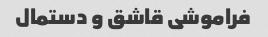
فراموشی قاشق و دستمال